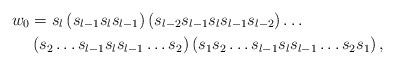
LaTeX: \begin{align*} w_0&=s_{l}\left(s_{l-1}s_ls_{l-1}\right)\left(s_{l-2}s_{l-1}s_{l}s_{l-1}s_{l-2}\right)\ldots \\ & \left(s_2\ldots s_{l-1}s_{l}s_{l-1}\ldots s_2\right)\left(s_1s_2\ldots s_{l-1}s_{l}s_{l-1}\ldots s_2 s_1\right),\end{align*}